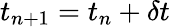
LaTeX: t_{n+1}=t_{n}+\delta t